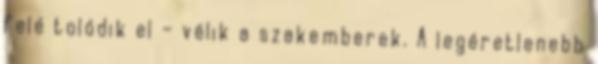
felé tolódik el – vélik a szakemberek. A legéretlenebb